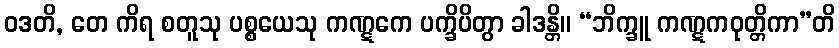
ဝဒတိ, တေ ကိရ စတူသု ပစ္စယေသု ကဏ္ဋကေ ပက္ခိပိတွာ ခါဒန္တိ။ “ဘိက္ခူ ကဏ္ဋကဝုတ္တိကာ”တိ